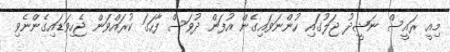
މިއީ ރައީސް ނަޝީދު ޖަލުގައި ހުންނަވައިގެން އުފަން ދުވަސް ފާހަގަ ކުރައްވަން ޖެހިވަޑައިގެންނެވި